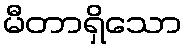
မီတာရှိသော